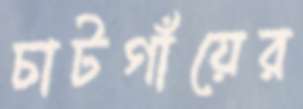
চাটগাঁয়ের